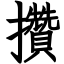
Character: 攢